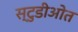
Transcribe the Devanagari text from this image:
स्टुडीओत